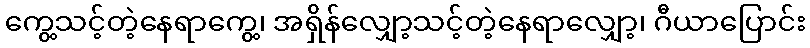
ကွေ့သင့်တဲ့နေရာကွေ့၊ အရှိန်လျှော့သင့်တဲ့နေရာလျှော့၊ ဂီယာပြောင်း